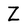
Character: Z